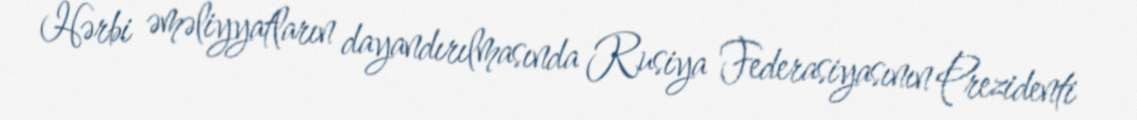
Hərbi əməliyyatların dayandırılmasında Rusiya Federasiyasının Prezidenti